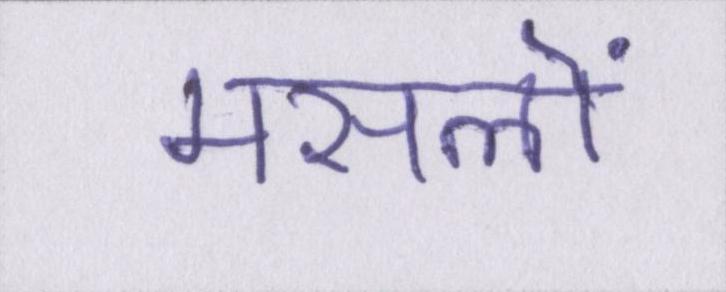
मसलों